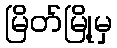
မြိတ်မြို့မှ